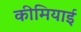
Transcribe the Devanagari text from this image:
कीमियाई